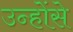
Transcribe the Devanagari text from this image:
उन्होंसे